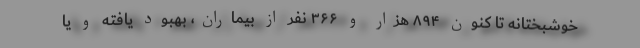
خوشبختانه تا کنون ۸۹۴ هزار و ۳۶۶ نفر از بیماران، بهبود یافته و یا